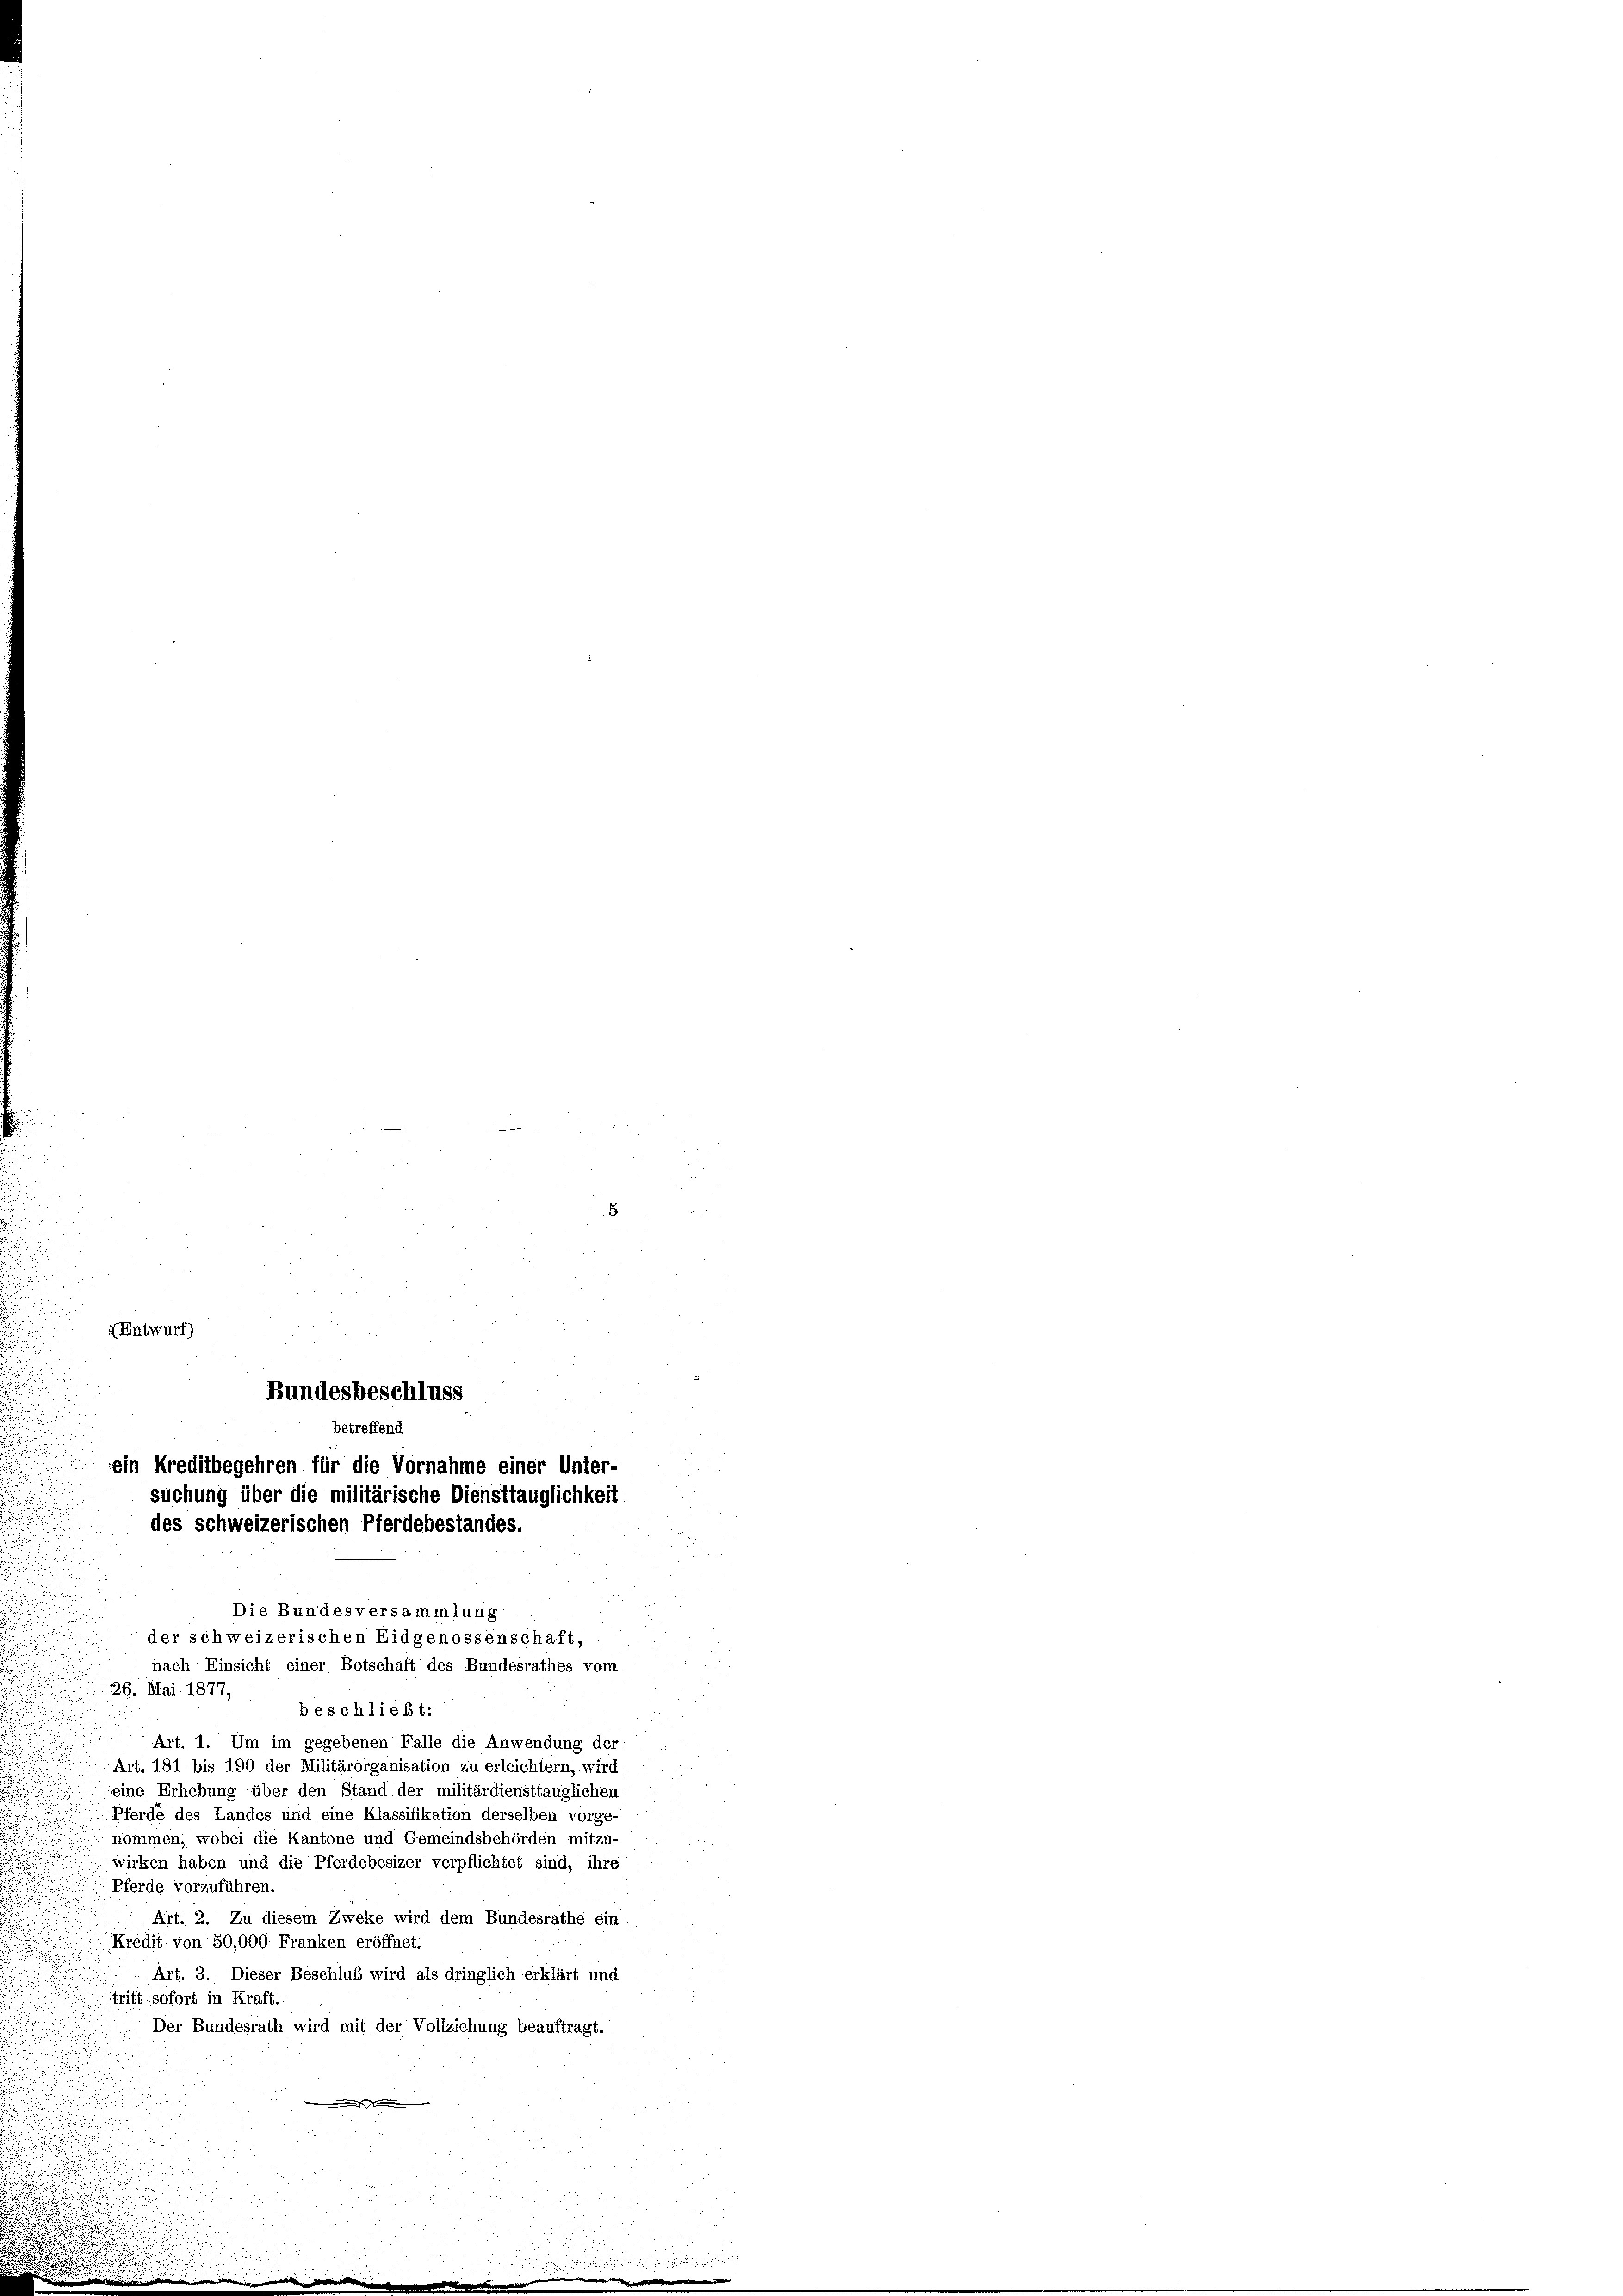
(Entwurf)

Bundesbeschluss
betreffend
ein Kreditbegehren für die Vornahme einer Unter-

des schweizerischen Pferdebestandes.

suchung über die militärische Diensttauglichkeit

Die Bundesversammlung
der schweizerischen Eidgenossenschaft,
nach Einsicht einer Botschaft des Bundesrathes vom
26. Mai 1877,
beschließt:
Art. 1. Um im gegebenen Falle die Anwendung der
Art. 181 bis 190 der Militärorganisation zu erleichtern, wird
eine Erhebung über den Stand der militärdiensttauglichen.
Pferde des Landes und eine Klassifikation derselben vorge-
nommen, wobei die Kantone und Gemeindsbehörden mitzu-
wirken haben und die Pferdebesizer verpflichtet sind, ihre
Pferde vorzuführen.
Art. 2. Zu diesem Zweke wird dem Bundesrathe ein
Kredit von 50,000 Franken eröffnet.
Art. 3. Dieser Beschluß wird als dringlich erklärt und
Trift sofort in Kraft.
Der Bundesrath wird mit der Vollziehung beauftragt.